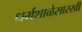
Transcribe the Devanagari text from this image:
धर्मशाळेसारखी